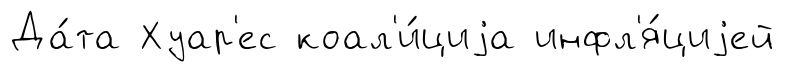
Да́та Хуар'ес коал'и́циjа инфл'я́циjей